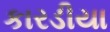
કારડીયા